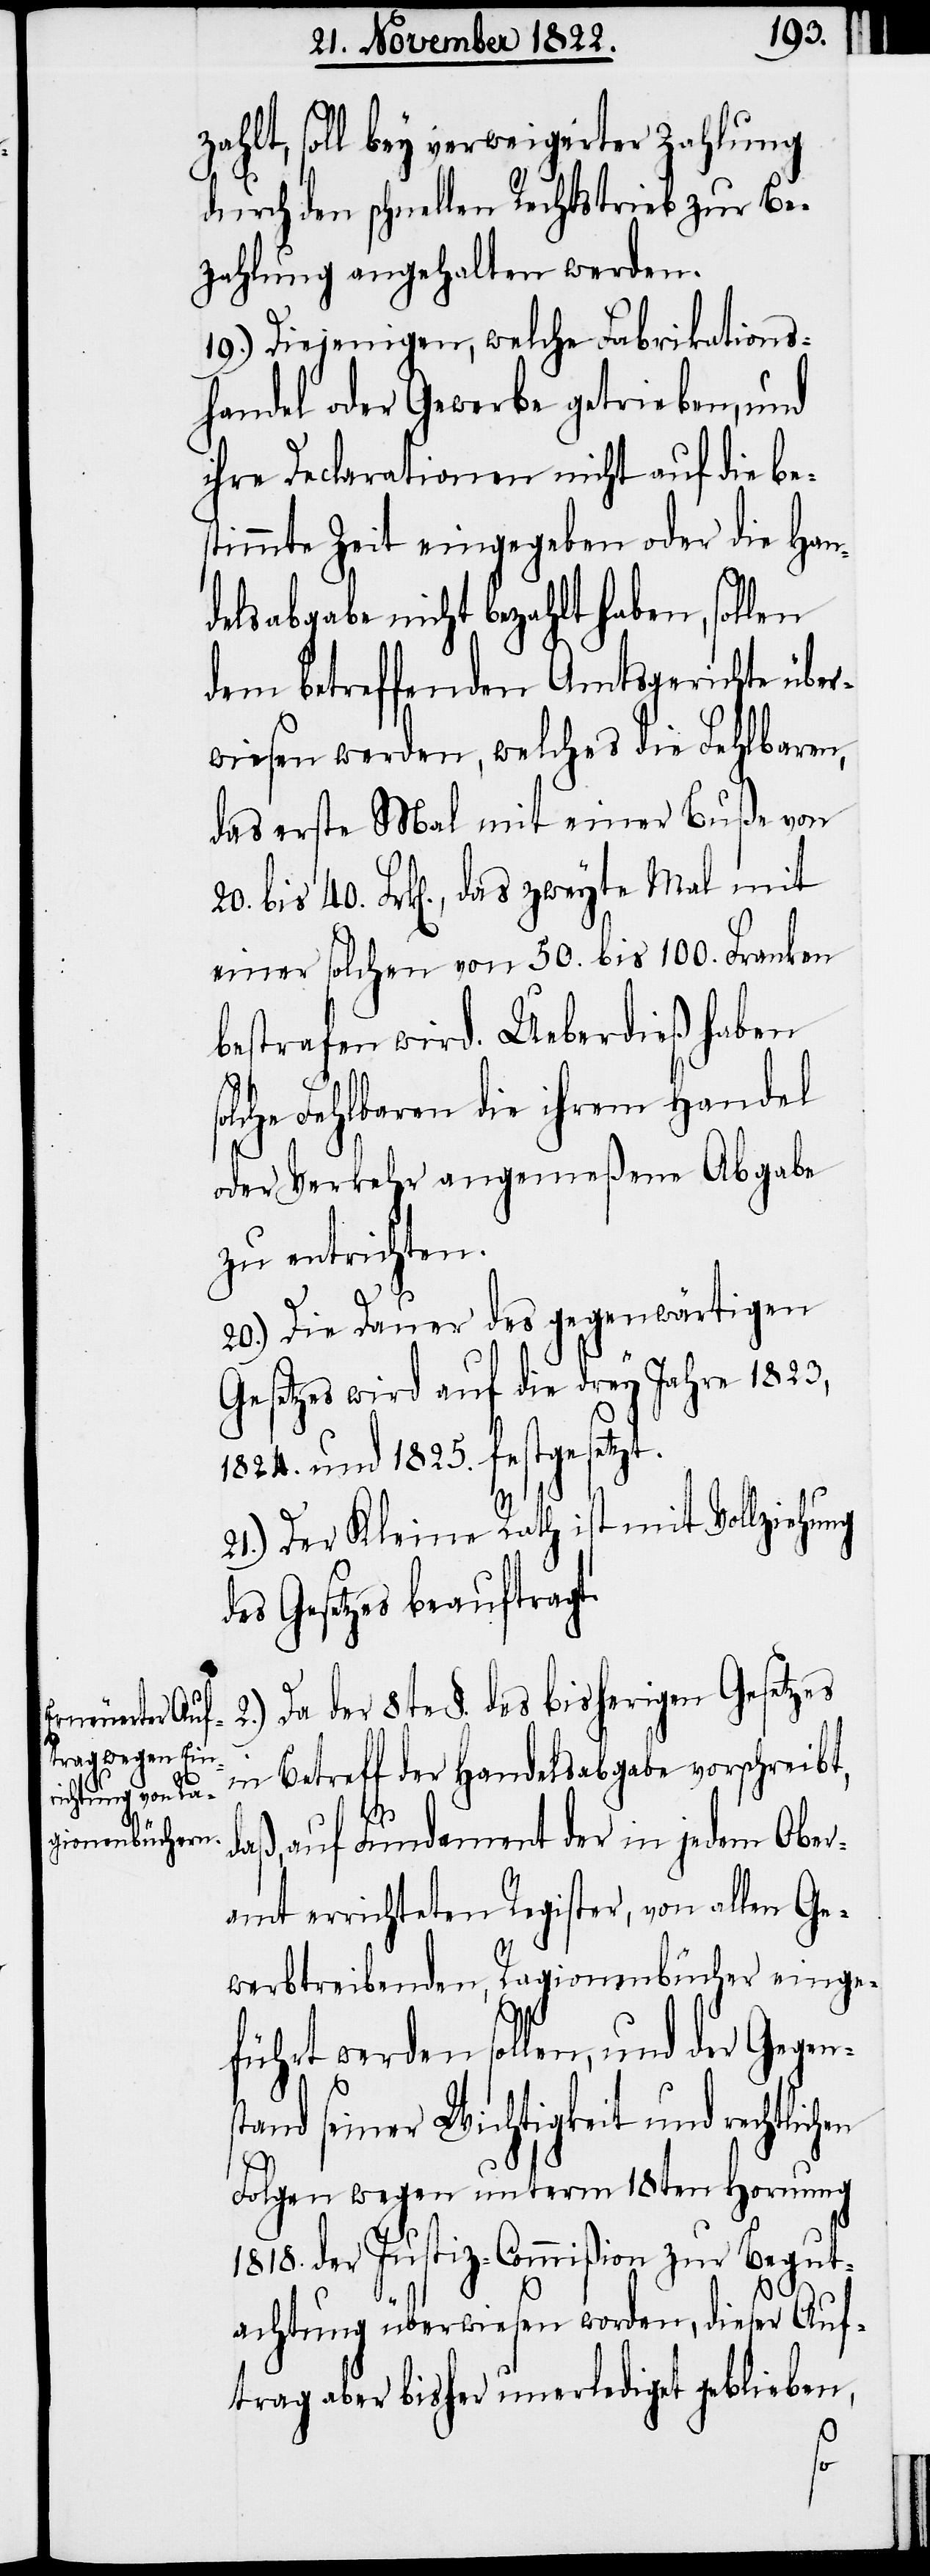
zahlt, soll bey verweigerter Zahlung
durch den schnellen Rechtstrieb zur Be¬
zahlung angehalten werden.
19.) Diejenigen, welche Fabrikations¬
handel oder Gewerbe getrieben, und
ihre Declarationen nicht auf die be¬
stimmte Zeit eingegeben oder die Han¬
delsabgabe nicht bezahlt haben, sollen
dem betreffenden Amtsgerichte über¬
wiesen werden, welches die Fehlbaren,
das erste Mal mit einer Buße von
einer solchen von 50. bis 100. Franken
bestrafen wird. Ueberdieß haben
solche Fehlbaren die ihrem Handel
oder Verkehr angemeßene Abgabe
zu entrichten.
20.) Die Dauer des gegenwärtigen
Gesetzes wird auf die drey Jahre 1823,
1824. und 1825. festgesetzt.
21.) Der Kleine Rath ist mit Vollziehung
des Gesetzes beauftragt.
2.) Da der 8te §. des bisherigen Gesetzes
in Betrefff der Handelsabgabe vorschreibt,
daß, auf Fundament der in jedem Ober¬
amt errichteten Register, von allen Ge¬
werbtreibenden, Ragionenbücher einge¬
40.
führt werden sollen, und der Gegen¬
stand seiner Wichtigkeit und rechtlic¬
Folgen wegen unterm 18ten Hornung
1818. der Justiz-Commißion zur Begut¬
achtung überwiesen worden, dieser Auf¬
trag aber bisher unerlediget geblieben,
hen